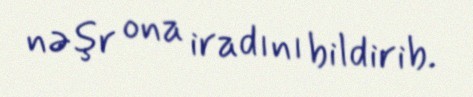
nəşr ona iradını bildirib.